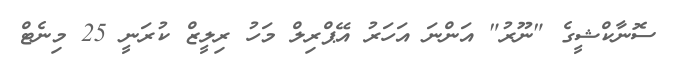
ސޮނާކްޝީގެ "ނޫރު" އަންނަ އަހަރު އޭޕްރިލް މަހު ރިލީޒް ކުރަނީ 25 މިނެޓް